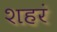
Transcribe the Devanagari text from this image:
शहरं